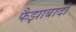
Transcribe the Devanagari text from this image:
फैझाबादी